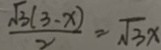
\frac { \sqrt { 3 } ( 3 - x ) } { 2 } = \sqrt { 3 } x